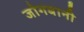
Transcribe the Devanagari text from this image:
जोगबानी